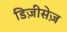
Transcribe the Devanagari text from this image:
डिज़ीसेज़